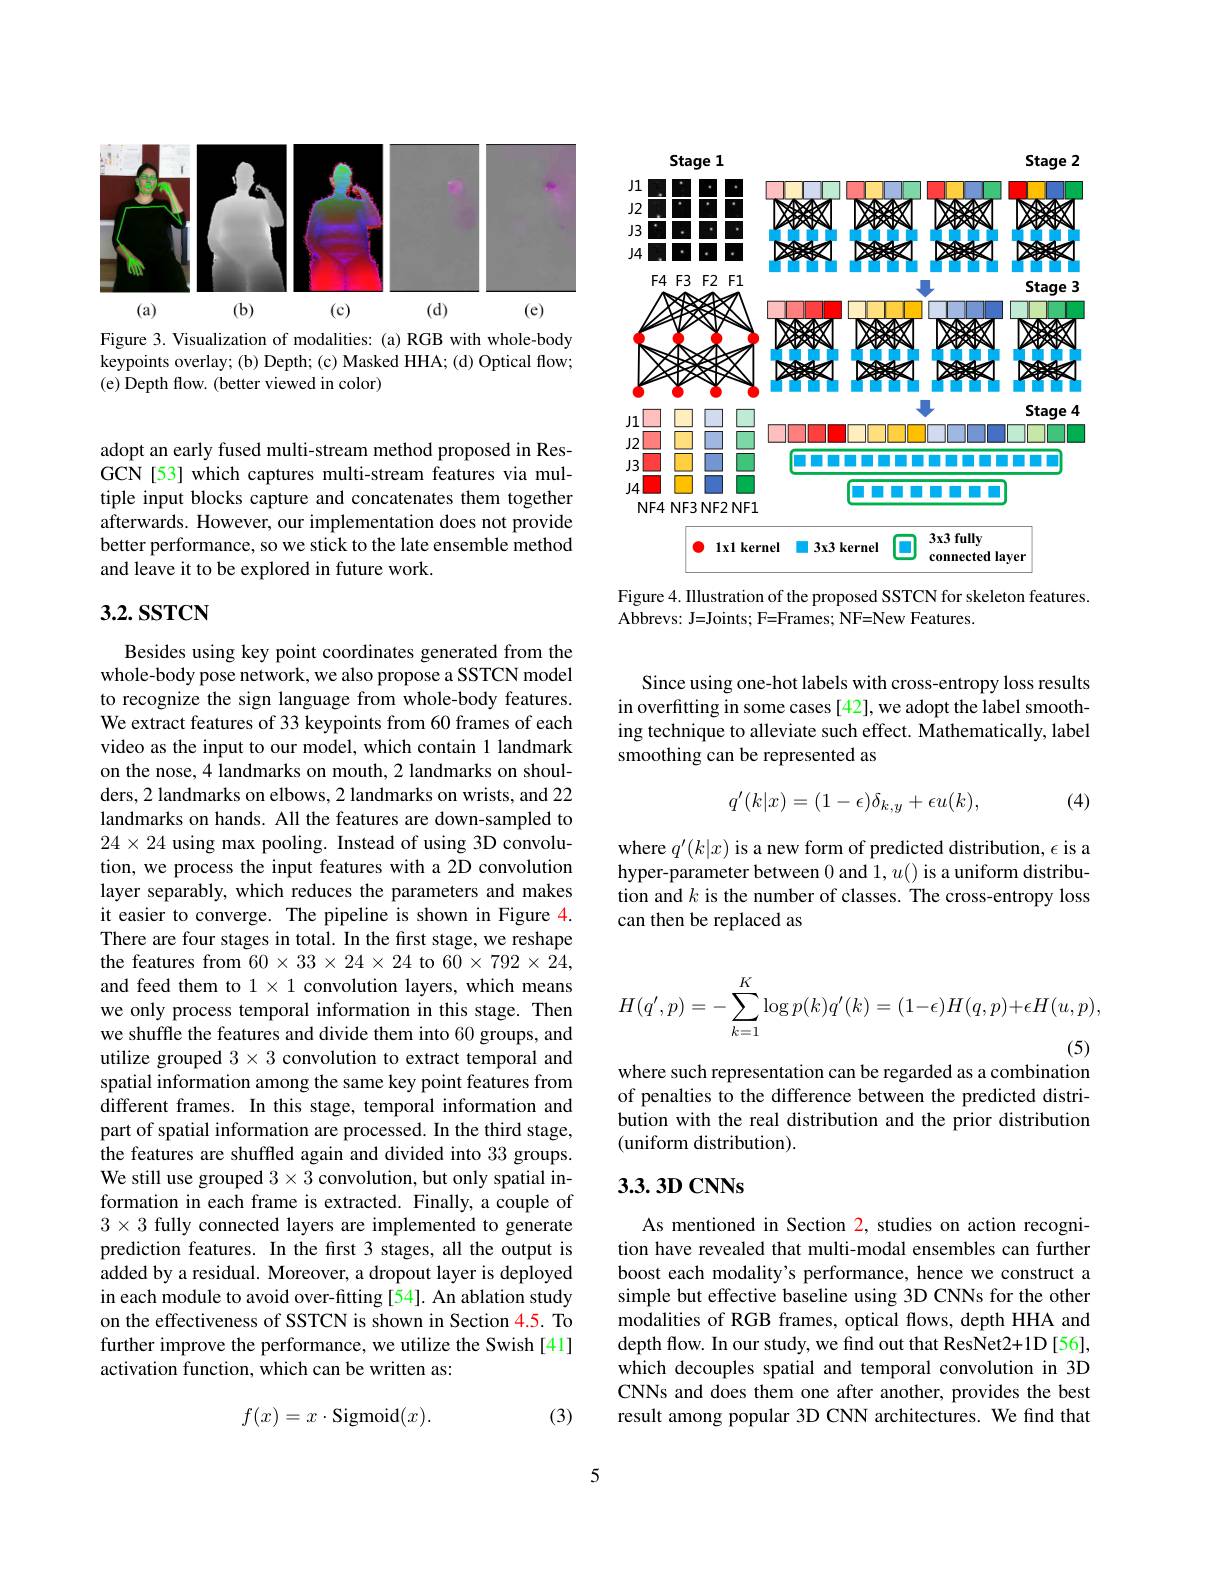
<FigureHere>
Figure 3. Visualization of modalities: (a) RGB with whole-body

keypoints overlay; (b) Depth; (c) Masked HHA; (d) Optical flow;
(e) Depth flow. (better viewed in color)

adopt an early fused multi-stream method proposed in ResGCN [53] which captures multi-stream features via multiple input blocks capture and concatenates them together afterwards. However, our implementation does not provide better performance, so we stick to the late ensemble method and leave it to be explored in future work.

# 3.2. SSTCN

Besides using key point coordinates generated from the whole-body pose network, we also propose a SSTCN model to recognize the sign language from whole-body features. We extract features of 33 keypoints from 60 frames of each video as the input to our model, which contain 1 landmark on the nose, 4 landmarks on mouth, 2 landmarks on shoulders, 2 landmarks on elbows, 2 landmarks on wrists, and 22 landmarks on hands. All the features are down-sampled to $24\times24$ using max pooling. Instead of using 3D convolution, we process the input features with a 2D convolution layer separably, which reduces the parameters and makes it easier to converge. The pipeline is shown in Figure 4. There are four stages in total. In the first stage, we reshape the features from $60\times33\times24\times24$ to $60\times792\times24$, and feed them to $1\times1$ convolution layers, which means we only process temporal information in this stage. Then we shuffle the features and divide them into 60 groups, and utilize grouped $3\times3$ convolution to extract temporal and spatial information among the same key point features from different frames. In this stage, temporal information and part of spatial information are processed. In the third stage, the features are shuffled again and divided into 33 groups. We still use grouped $3\times3$ convolution, but only spatial information in each frame is extracted. Finally, a couple of $3\times3$ fully connected layers are implemented to generate prediction features. In the first 3 stages, all the output is added by a residual. Moreover, a dropout layer is deployed in each module to avoid over-fitting [54]. An ablation study on the effectiveness of SSTCN is shown in Section 4.5. To further improve the performance, we utilize the Swish [41] activation function, which can be written as:
$$f(x)=x\cdot\mathrm{Sigmoid}(x).$$
(3)

Stage 1
Stage 2
<FigureHere>

Figure 4. IIlustration of the proposed SSTCN for skeleton features.
Abbrevs: J=Joints; F=Frames; NF=New Features.

Since using one-hot labels with cross-entropy loss results in overfitting in some cases [42], we adopt the label smoothing technique to alleviate such effect. Mathematically, label smoothing can be represented as

(4)
$$q'(k|x)=(1-\epsilon)\delta_{k,y}+\epsilon u(k),$$
where $q^\prime(k|x)$ is a new form of predicted distribution, $\epsilon$ is a hyper-parameter between 0 and $1,u()$ is a uniform distribution and $k$ is the number of classes. The cross-entropy loss can then be replaced as
$$H(q',p)=-\sum_{k=1}^{K}\log p(k)q'(k)=(1-\epsilon)H(q,p)+\epsilon H(u,p),$$
where such representation can be regarded as a combination

of penalties to the difference between the predicted distribution with the real distribution and the prior distribution (uniform distribution).

## $3.3.3DCNNs$

As mentioned in Section 2, studies on action recognition have revealed that multi-modal ensembles can further boost each modality's performance, hence we construct a simple but effective baseline using 3D CNNs for the other modalities of RGB frames, optical flows, depth HHA and depth flow. In our study, we find out that ResNet2+1D [56], which decouples spatial and temporal convolution in 3D CNNs and does them one after another, provides the best result among popular 3D CNN architectures. We find that

5